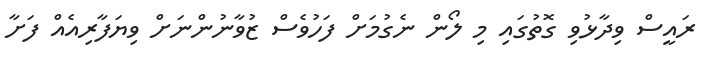
ރައީސް ވިދާޅުވި ގޮތުގައި މި ލޯން ނެގުމަށް ފަހުވެސް ޒުވާނުންނަށް ވިޔަފާރިއެއް ފަށާ